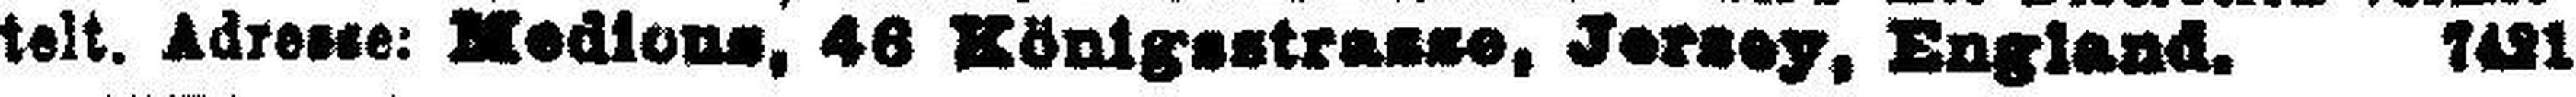
telt. Adresse: Medicus, 46 Königsstrasse, Jersey, England. 7421